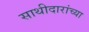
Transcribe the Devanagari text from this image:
साथीदारांच्या